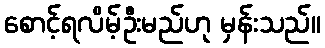
စောင့်ရလိမ့်ဦးမည်ဟု မှန်းသည်။